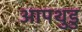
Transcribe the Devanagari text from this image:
आपथुडु